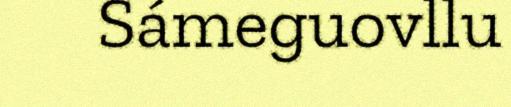
Sámeguovllu